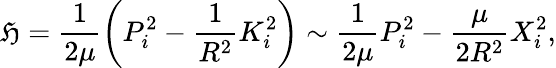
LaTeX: \mathfrak{H}=\frac{{1}}{{2\mu}}\left(P_{i}^{2}-\frac{{1}}{{R^{2}}}K_{i}^{2}\right)\sim\frac{{1}}{{2\mu}}P_{i}^{2}-\frac{{\mu}}{{2R^{2}}}X_{i}^{2},